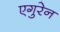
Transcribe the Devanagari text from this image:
एगुरेन